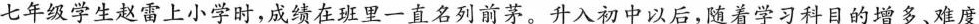
七年级学生赵雷上小学时，成绩在班里一直名列前茅。升入初中以后，随着学习科目的增多、难度